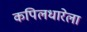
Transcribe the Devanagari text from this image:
कपिलधारेला